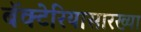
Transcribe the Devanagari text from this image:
बॅक्टेरियासारख्या